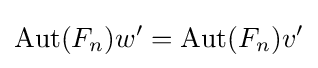
\operatorname {Aut} (F_{n})w'=\operatorname {Aut} (F_{n})v'